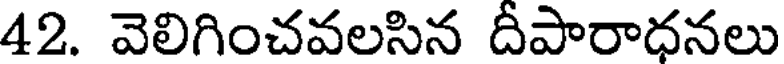
42. వెలిగించవలసిన దీపారాధనలు